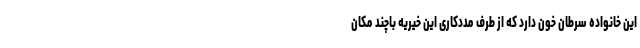
این خانواده سرطان خون دارد که از طرف مددکاری این خیریه باچند مکان